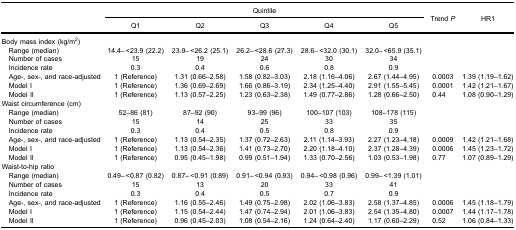
<table><thead><tr><td><b> </b></td><td colspan="5"><b>Quintile</b></td><td rowspan="3"><b>Trend <i>P</i></b></td><td rowspan="3"><b>HR1</b></td></tr><tr><td><b> </b></td><td><b>Q1</b></td><td><b>Q2</b></td><td><b>Q3</b></td><td><b>Q4</b></td><td><b>Q5</b></td></tr></thead><tbody><tr><td>Body mass index (kg/m<sup>2</sup>)</td><td> </td><td> </td><td> </td><td> </td><td> </td><td> </td><td> </td></tr><tr><td> Range (median)</td><td>14.4– &lt;23.9 (22.2)</td><td>23.9– &lt;26.2 (25.1)</td><td>26.2– &lt;28.6 (27.3)</td><td>28.6– &lt;32.0 (30.1)</td><td>32.0– &lt;65.9 (35.1)</td><td> </td><td> </td></tr><tr><td> Number of cases</td><td>15</td><td>19</td><td>24</td><td>30</td><td>34</td><td> </td><td> </td></tr><tr><td> Incidence rate</td><td>0.3</td><td>0.4</td><td>0.6</td><td>0.8</td><td>0.9</td><td> </td><td> </td></tr><tr><td> Age-, sex-, and race-adjusted</td><td>1 (Reference)</td><td>1.31 (0.66–2.58)</td><td>1.58 (0.82–3.03)</td><td>2.18 (1.16–4.06)</td><td>2.67 (1.44–4.95)</td><td>0.0003</td><td>1.39 (1.19–1.62)</td></tr><tr><td> Model I</td><td>1 (Reference)</td><td>1.36 (0.69–2.69)</td><td>1.66 (0.86–3.19)</td><td>2.34 (1.25–4.40)</td><td>2.91 (1.55–5.45)</td><td>0.0001</td><td>1.42 (1.21–1.67)</td></tr><tr><td> Model II</td><td>1 (Reference)</td><td>1.13 (0.57–2.25)</td><td>1.23 (0.63–2.38)</td><td>1.49 (0.77–2.86)</td><td>1.28 (0.66–2.50)</td><td>0.44</td><td>1.08 (0.90–1.29)</td></tr><tr><td>Waist circumference (cm)</td><td> </td><td> </td><td> </td><td> </td><td> </td><td> </td><td> </td></tr><tr><td> Range (median)</td><td>52–86 (81)</td><td>87–92 (90)</td><td>93–99 (96)</td><td>100–107 (103)</td><td>108–178 (115)</td><td> </td><td> </td></tr><tr><td> Number of cases</td><td>15</td><td>14</td><td>25</td><td>33</td><td>35</td><td> </td><td> </td></tr><tr><td> Incidence rate</td><td>0.3</td><td>0.4</td><td>0.5</td><td>0.8</td><td>0.9</td><td> </td><td> </td></tr><tr><td> Age-, sex-, and race-adjusted</td><td>1 (Reference)</td><td>1.13 (0.54–2.35)</td><td>1.37 (0.72–2.63)</td><td>2.11 (1.14–3.93)</td><td>2.27 (1.23–4.18)</td><td>0.0009</td><td>1.42 (1.21–1.68)</td></tr><tr><td> Model I</td><td>1 (Reference)</td><td>1.13 (0.54–2.36)</td><td>1.41 (0.73–2.70)</td><td>2.20 (1.18–4.10)</td><td>2.37 (1.28–4.39)</td><td>0.0006</td><td>1.45 (1.23–1.72)</td></tr><tr><td> Model II</td><td>1 (Reference)</td><td>0.95 (0.45–1.98)</td><td>0.99 (0.51–1.94)</td><td>1.33 (0.70–2.56)</td><td>1.03 (0.53–1.98)</td><td>0.77</td><td>1.07 (0.89–1.29)</td></tr><tr><td>Waist-to-hip ratio</td><td> </td><td> </td><td> </td><td> </td><td> </td><td> </td><td> </td></tr><tr><td> Range (median)</td><td>0.49– &lt;0.87 (0.82)</td><td>0.87– &lt;0.91 (0.89)</td><td>0.91– &lt;0.94 (0.93)</td><td>0.94– &lt;0.98 (0.96)</td><td>0.99– &lt;1.39 (1.01)</td><td> </td><td> </td></tr><tr><td> Number of cases</td><td>15</td><td>13</td><td>20</td><td>33</td><td>41</td><td> </td><td> </td></tr><tr><td> Incidence rate</td><td>0.3</td><td>0.4</td><td>0.5</td><td>0.7</td><td>0.9</td><td> </td><td> </td></tr><tr><td> Age-, sex-, and race-adjusted</td><td>1 (Reference)</td><td>1.16 (0.55–2.46)</td><td>1.49 (0.75–2.98)</td><td>2.02 (1.06–3.83)</td><td>2.58 (1.37–4.85)</td><td>0.0006</td><td>1.45 (1.18–1.79)</td></tr><tr><td> Model I</td><td>1 (Reference)</td><td>1.15 (0.54–2.44)</td><td>1.47 (0.74–2.94)</td><td>2.01 (1.06–3.83)</td><td>2.54 (1.35–4.80)</td><td>0.0007</td><td>1.44 (1.17–1.78)</td></tr><tr><td> Model II</td><td>1 (Reference)</td><td>0.96 (0.45–2.03)</td><td>1.08 (0.54–2.16)</td><td>1.24 (0.64–2.40)</td><td>1.17 (0.60–2.29)</td><td>0.52</td><td>1.06 (0.84–1.33)</td></tr></tbody></table>